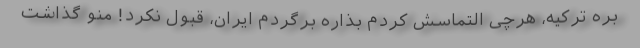
بره ترکیه، هرچی التماسش کردم بذاره برگردم ایران، قبول نکرد! منو گذاشت